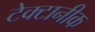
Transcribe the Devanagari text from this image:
टेक्टानीक